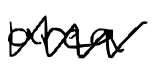
Text: areas
Cross-out: zig-zag
Writing tool: digital_black